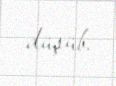
düşüb.